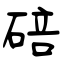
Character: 碚